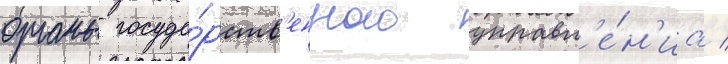
органы госуда́рств'енного управл'е́н'иа /